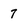
Character: 7